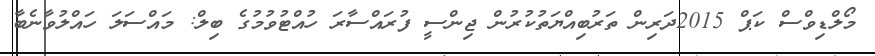
މޯލްޑިވްސް ކަޕް 2015ދަރިން ތަރުބިއްޔަތުކުރުން ޖިންސީ ފުރައްސާރަ ހުއްޓުވުމުގެ ބިލް: މައްސަލަ ހައްލުވާނެބާ